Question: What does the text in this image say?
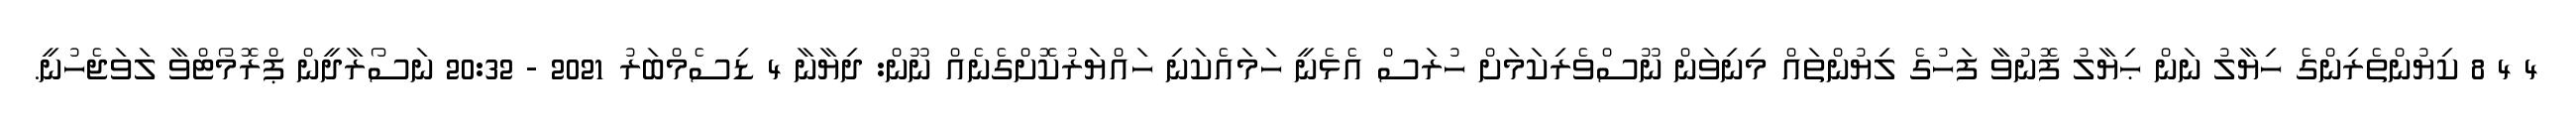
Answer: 4 4 8 ކިޔުންތެރިންގެ ހިޔާލު ނަން ޙިޔާލު ފޮނުވާ ފަހުގެ ލިޔުންތައް މިނިވަން ނޫސްވެރިކަމަށް ހުރަސް އެޅެނީ ހަމައެކަނި ހައްޔަރުކޮށްގެނެއް ނޫން: ދިޔާނާ 4 ޑިސެމްބަރު 2021 - 20:32 ނަސޯރާދީން ޕްރޮމޯޓްވާ ލަވަޖެހުނީ.